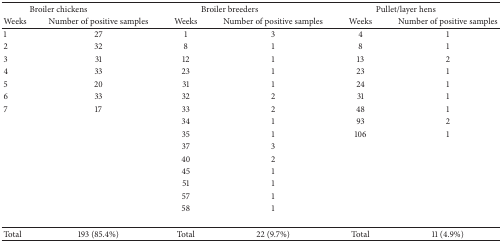
<table><thead><tr><td colspan="2"><b>Broiler chickens</b></td><td colspan="2"><b>Broiler breeders</b></td><td colspan="2"><b>Pullet/layer hens</b></td></tr><tr><td><b>Weeks</b></td><td><b>Number of positive samples</b></td><td><b>Weeks</b></td><td><b>Number of positive samples</b></td><td><b>Weeks</b></td><td><b>Number of positive samples</b></td></tr></thead><tbody><tr><td>1</td><td>27</td><td>1</td><td>3</td><td>4</td><td>1</td></tr><tr><td>2</td><td>32</td><td>8</td><td>1</td><td>8</td><td>1</td></tr><tr><td>3</td><td>31</td><td>12</td><td>1</td><td>13</td><td>2</td></tr><tr><td>4</td><td>33</td><td>23</td><td>1</td><td>23</td><td>1</td></tr><tr><td>5</td><td>20</td><td>31</td><td>1</td><td>24</td><td>1</td></tr><tr><td>6</td><td>33</td><td>32</td><td>2</td><td>31</td><td>1</td></tr><tr><td>7</td><td>17</td><td>33</td><td>2</td><td>48</td><td>1</td></tr><tr><td> </td><td> </td><td>34</td><td>1</td><td>93</td><td>2</td></tr><tr><td> </td><td> </td><td>35</td><td>1</td><td>106</td><td>1</td></tr><tr><td> </td><td> </td><td>37</td><td>3</td><td> </td><td> </td></tr><tr><td> </td><td> </td><td>40</td><td>2</td><td> </td><td> </td></tr><tr><td> </td><td> </td><td>45</td><td>1</td><td> </td><td> </td></tr><tr><td> </td><td> </td><td>51</td><td>1</td><td> </td><td> </td></tr><tr><td> </td><td> </td><td>57</td><td>1</td><td> </td><td> </td></tr><tr><td> </td><td> </td><td>58</td><td>1</td><td> </td><td> </td></tr><tr><td> </td><td> </td><td> </td><td> </td><td> </td><td> </td></tr><tr><td>Total</td><td>193 (85.4%)</td><td>Total</td><td>22 (9.7%)</td><td>Total</td><td>11 (4.9%)</td></tr></tbody></table>